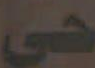
حي